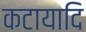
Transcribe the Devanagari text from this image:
कटायादि